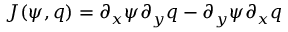
J ( \psi , q ) = \partial _ { x } \psi \partial _ { y } q - \partial _ { y } \psi \partial _ { x } q